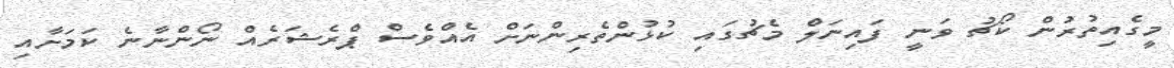
މީގެއިތުރުން ކޯޗު ވަނީ ފައިނަލް މެޗުގައި ކުޅުންތެރިންނަށް އެއްވެސް ޕްރެޝަރެއް ނޯންނާނެ ކަމަށާއި